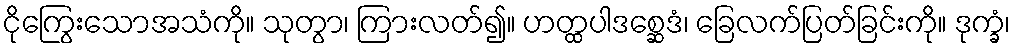
ငိုကြွေးသောအသံကို။ သုတွာ၊ ကြားလတ်၍။ ဟတ္ထပါဒစ္ဆေဒံ၊ ခြေလက်ပြတ်ခြင်းကို။ ဒုက္ခံ၊